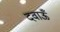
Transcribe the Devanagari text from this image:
दवाऊँ